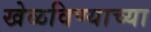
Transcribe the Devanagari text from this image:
खेळविण्याच्या